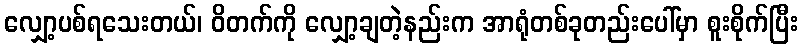
လျှော့ပစ်ရသေးတယ်၊ ဝိတက်ကို လျှော့ချတဲ့နည်းက အာရုံတစ်ခုတည်းပေါ်မှာ စူးစိုက်ပြီး